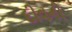
દીવની